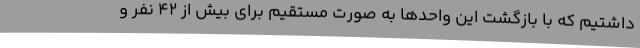
داشتیم که با بازگشت این واحدها به صورت مستقیم برای بیش از 42 نفر و